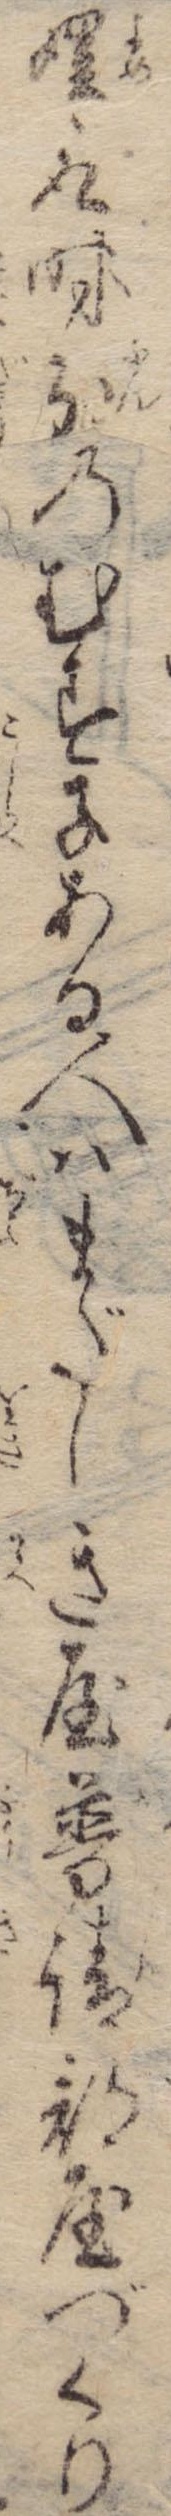
娌取時分のむす子ある人はまだしき屋晋請部屋づくり